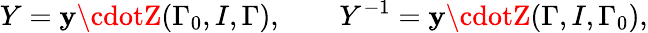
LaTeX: Y=\mathbf{y}\cdotZ(\Gamma_{0},I,\Gamma),\mathbf{{\qquad}}Y^{-1}=\mathbf{y}\cdotZ(\Gamma,I,\Gamma_{0}),